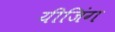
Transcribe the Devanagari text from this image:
यीजिंग